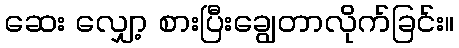
ဆေး လျှော့ စားပြီးချွေတာလိုက်ခြင်း။